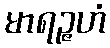
မာရဉ္ဇဟံ